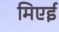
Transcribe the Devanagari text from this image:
मिएई